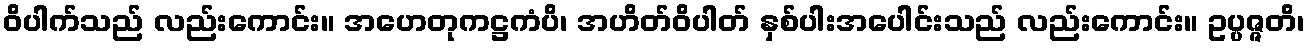
ဝိပါက်သည် လည်းကောင်း။ အဟေတုကဋ္ဌကံပိ၊ အဟိတ်ဝိပါတ် နှစ်ပါးအပေါင်းသည် လည်းကောင်း။ ဥပ္ပဇ္ဇတိ၊